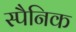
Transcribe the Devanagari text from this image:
स्पैनिक